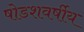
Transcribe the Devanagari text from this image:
षोडशवर्षीय